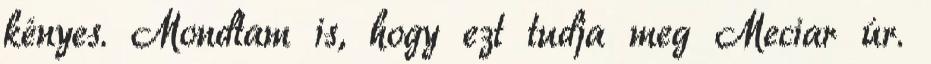
kényes. Mondtam is, hogy ezt tudja meg Meciar úr.